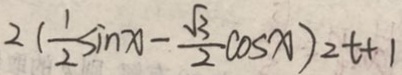
2 ( \frac { 1 } { 2 } \sin x - \frac { \sqrt { 3 } } { 2 } \cos x ) _ { 2 } t + 1